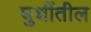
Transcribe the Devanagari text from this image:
घुशींतील